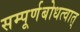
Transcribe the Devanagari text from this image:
सम्पूर्णबोधत्वात्